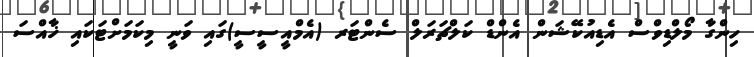
ހިންގާ މޯލްޑިވްސް އެޑިއުކޭޝަން އެންޑް ކަލްޗަރަލް ސެންޓަރ (އެމްއީސީސީ)ގައި ވަނީ މިކަމަށްޓަކައި ޚާއްސަ